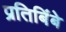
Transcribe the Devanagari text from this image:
प्रतिबिंबे